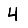
Digit: 4